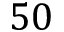
5 0